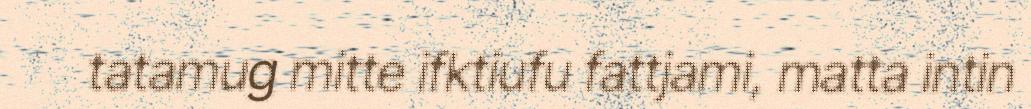
tatamug mitte ifktiufu fattjami, matta intin